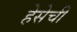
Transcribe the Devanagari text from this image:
हेसेची